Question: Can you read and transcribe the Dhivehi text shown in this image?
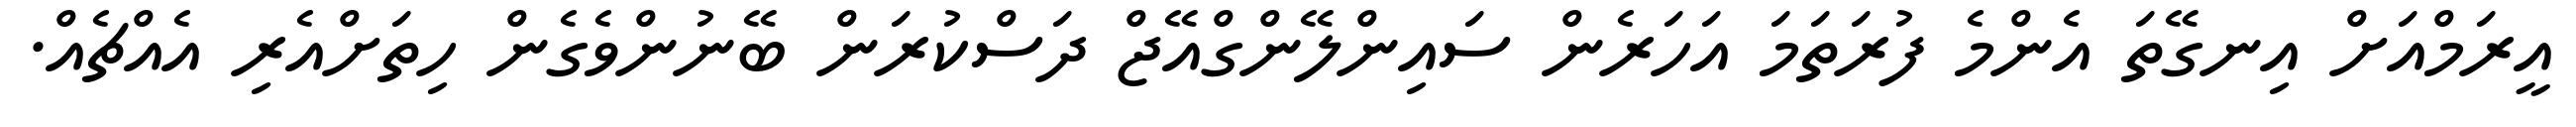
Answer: އީރަމްއަށް އިނގޭތަ އެންމެ ފުރަތަމަ އަހަރެން ސައިންލޭންގްއޭޖް ދަސްކުރަން ބޭނުންވެގެން ހިތަށްއެރި އެއްޗެއް.